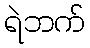
ရဲဘက်